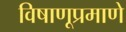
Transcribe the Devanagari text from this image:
विषाणूप्रमाणे